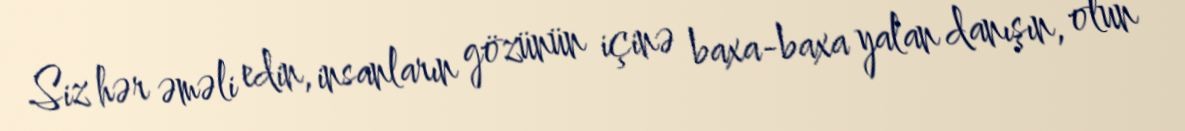
Siz hər əməli edin, insanların gözünün içinə baxa-baxa yalan danışın, olun